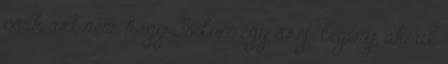
csak azt nem, hogy Béluci egy szép legény, akirıl